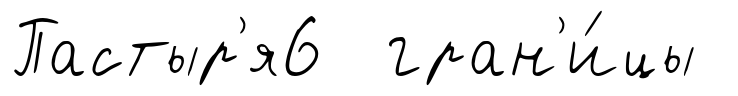
Пастыр'я6 гран'и́цы